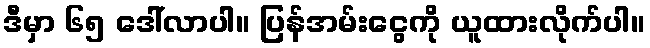
ဒီမှာ ၆၅ ဒေါ်လာပါ။ ပြန်အမ်းငွေကို ယူထားလိုက်ပါ။